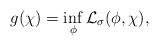
LaTeX: \begin{align*}g(\chi)=\inf \limits_{\phi}\mathcal{L}_{\sigma}(\phi, \chi),\end{align*}